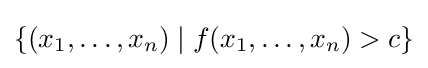
\left\{(x_{1},\dots ,x_{n})\mid f(x_{1},\dots ,x_{n})>c\right\}